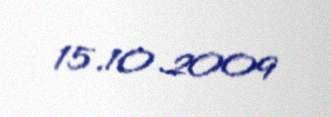
15.10.2009